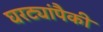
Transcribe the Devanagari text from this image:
घरट्यांपैकी